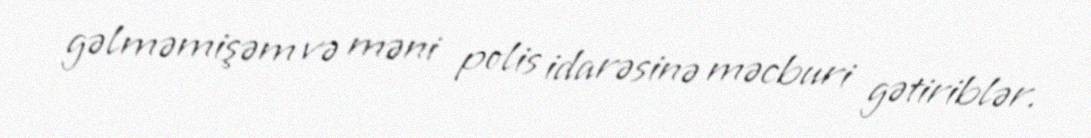
gəlməmişəm və məni polis idarəsinə məcburi gətiriblər.